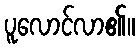
ပူလောင်လာ၏။